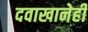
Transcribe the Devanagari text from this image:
दवाखानेही